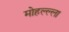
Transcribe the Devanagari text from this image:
मोहल्ल्ला